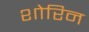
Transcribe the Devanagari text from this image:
शोरिन